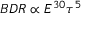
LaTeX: B D R \propto E ^ { 3 0 } \tau ^ { 5 }